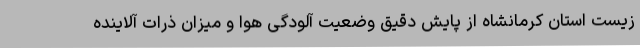
زیست استان کرمانشاه از پایش دقیق وضعیت آلودگی هوا و میزان ذرات آلاینده